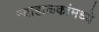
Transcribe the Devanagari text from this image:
न्याहाळकांमध्ये